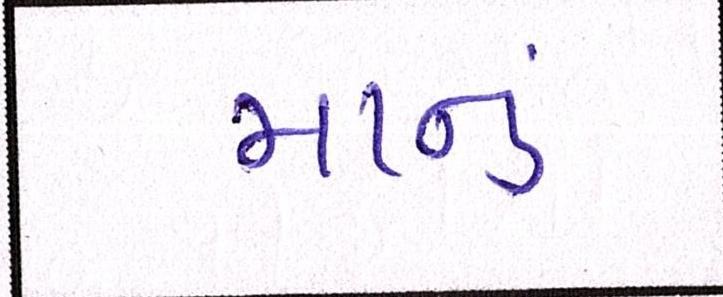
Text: માનું